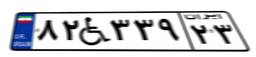
۸۲W۳۳۹۲۳